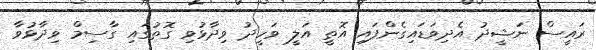
ރައީސް ނަޝީދު އެދިވަޑައިގެންފައި އޮތީ އަލީ ވަހީދު ވިދާޅުވި ގޮތުގައި ގާސިމް ވިދާޅުވާ